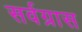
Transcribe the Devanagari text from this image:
सर्वग्रास